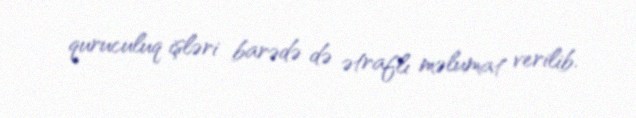
quruculuq işləri barədə də ətraflı məlumat verilib.